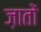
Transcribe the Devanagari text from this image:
ज़ातों